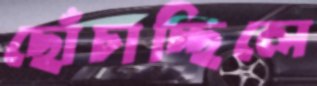
ছোঁচাচ্ছিলে